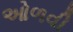
ઓળવી